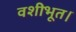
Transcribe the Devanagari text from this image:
वशीभूत।